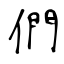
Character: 們